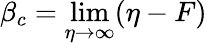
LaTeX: \beta_{c}=\operatorname*{lim}_{\eta\rightarrow\infty}(\eta-F)